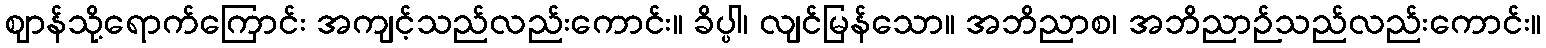
ဈာန်သို့ရောက်ကြောင်း အကျင့်သည်လည်းကောင်း။ ခိပ္ပါ၊ လျင်မြန်သော။ အဘိညာစ၊ အဘိညာဉ်သည်လည်းကောင်း။